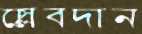
স্লোবদান